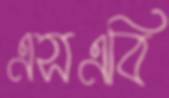
এসএবি